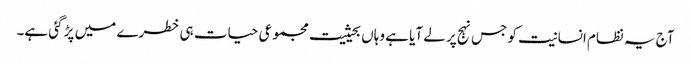
آج یہ نظام انسانیت کو جس نہج پر لے آیا ہے وہاں بحیثیت مجموعی حیات ہی خطرے میں پڑ گئی ہے۔